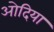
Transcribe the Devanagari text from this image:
ओदिया